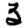
Digit: 3